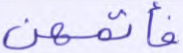
فأتمهن